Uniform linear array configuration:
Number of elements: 4
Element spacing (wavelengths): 0.75
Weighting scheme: uniform
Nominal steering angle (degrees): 60
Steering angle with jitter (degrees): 59.476
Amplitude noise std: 0.05
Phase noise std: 0.05

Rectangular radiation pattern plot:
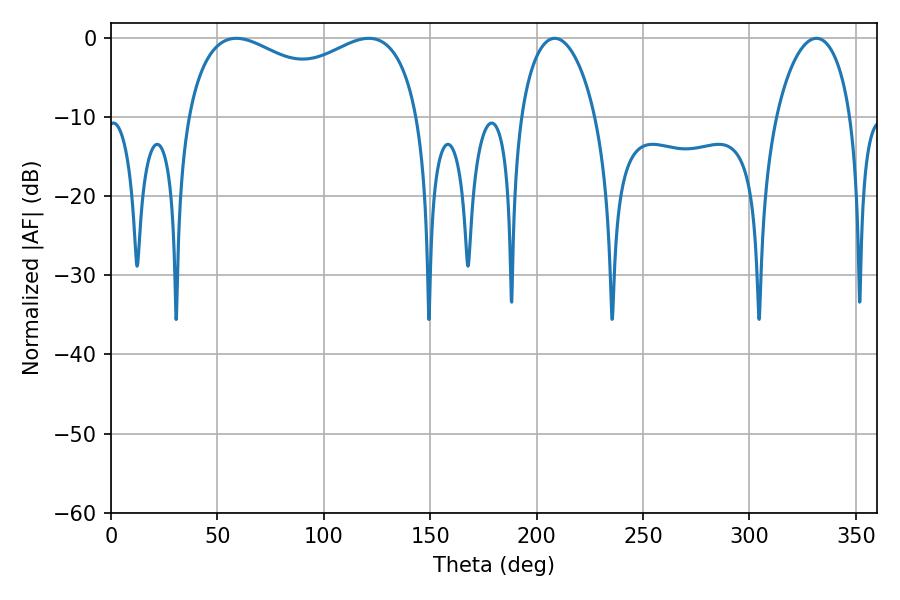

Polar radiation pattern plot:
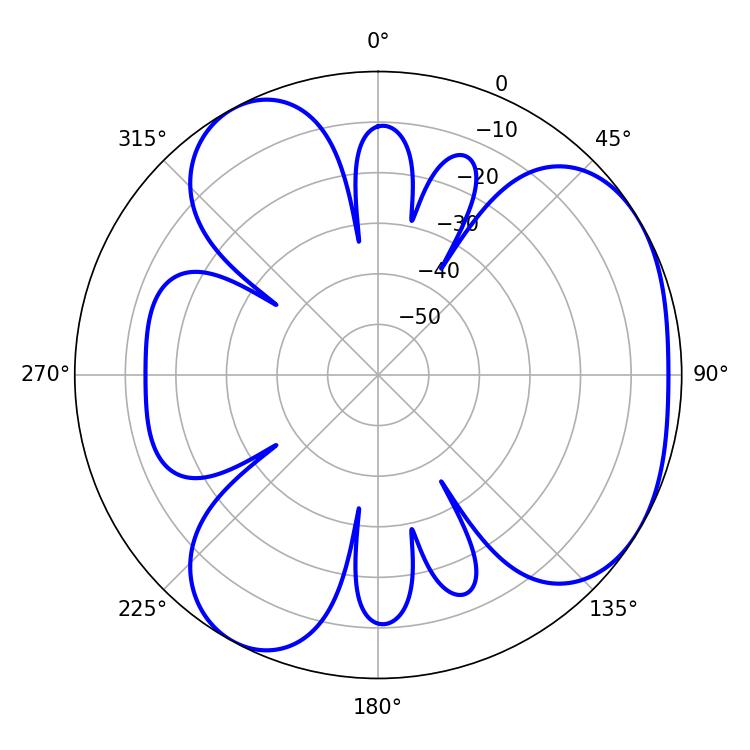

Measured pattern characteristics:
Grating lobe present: TRUE
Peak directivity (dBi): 4.203
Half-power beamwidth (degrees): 90.72
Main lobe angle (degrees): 58.86